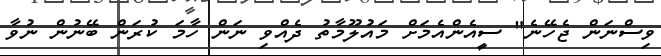
ވިސްނަން ޖެހޭނެ" ސީއެންއެމަށް މައުލޫމާތު ދެއްވި ނަން ހާމަ ކުރަން ބޭނުން ނުވާ